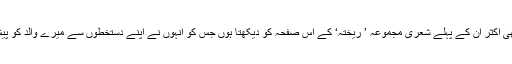
میں اب بھی اکثر ان کے پہلے شعری مجموعہ ’ ریختہ‘ کے اس صفحہ کو دیکھتا ہوں جس کو انہوں نے اپنے دستخطوں سے میرے والد کو پیش کیا تھا۔